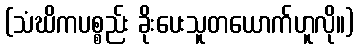
(သံဃိကပစ္စည်း ခိုးပေးသူတယောက်ဟူလို။)